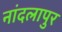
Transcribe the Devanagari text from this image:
नांदलापुर